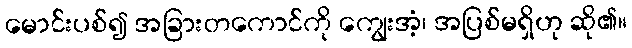
မောင်းပစ်၍ အခြားတကောင်ကို ကျွေးအံ့၊ အပြစ်မရှိဟု ဆို၏။